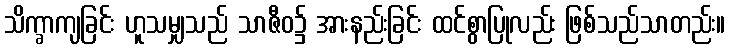
သိက္ခာကျခြင်း ဟူသမျှသည် သာဇီဝ၌ အားနည်းခြင်း ထင်စွာပြုလည်း ဖြစ်သည်သာတည်း။